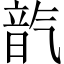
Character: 𪵦